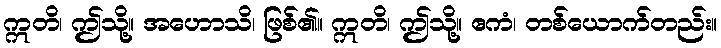
ဣတိ၊ ဤသို့။ အဟောသိ၊ ဖြစ်၏။ ဣတိ၊ ဤသို့။ ဧကံ၊ တစ်ယောက်တည်း။